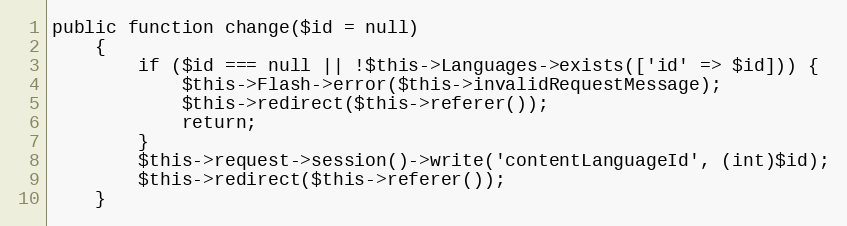
Language: PHP
public function change($id = null)
    {
        if ($id === null || !$this->Languages->exists(['id' => $id])) {
            $this->Flash->error($this->invalidRequestMessage);
            $this->redirect($this->referer());
            return;
        }
        $this->request->session()->write('contentLanguageId', (int)$id);
        $this->redirect($this->referer());
    }